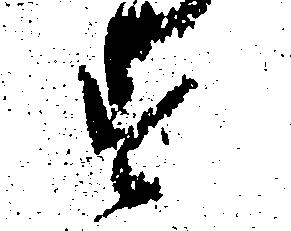
す